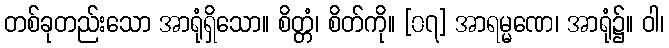
တစ်ခုတည်းသော အာရုံရှိသော။ စိတ္တံ၊ စိတ်ကို။ [၀၇] အာရမ္မဏေ၊ အာရုံ၌။ ဝါ၊